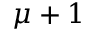
\mu + 1